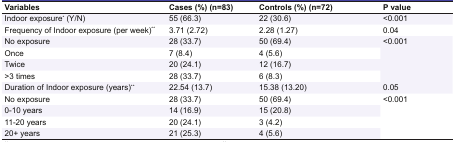
| Variables | Cases (%) (n=83) | Controls (%) (n=72) | P value |
 | --- | --- | --- | --- |
 | Indoor exposure* (Y/N) | 55 (66.3) | 22 (30.6) | <0.001 |
 | Frequency of Indoor exposure (per week)** | 3.71 (2.72) | 2.28 (1.27) | 0.04 |
 | No exposure | 28 (33.7) | 50 (69.4) | <ROWSPAN=4> <0.001 |
 | Once | 7 (8.4) | 4 (5.6) |
 | Twice | 20 (24.1) | 12 (16.7) |
 | >3 times | 28 (33.7) | 6 (8.3) |
 | Duration of Indoor exposure (years)** | 22.54 (13.7) | 15.38 (13.20) | 0.05 |
 | No exposure | 28 (33.7) | 50 (69.4) | <ROWSPAN=4> <0.001 |
 | 0-10 years | 14 (16.9) | 15 (20.8) |
 | 11-20 years | 20 (24.1) | 3 (4.2) |
 | 20+ years | 21 (25.3) | 4 (5.6) |